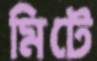
মিটে